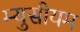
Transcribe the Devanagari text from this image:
म्युसीयम